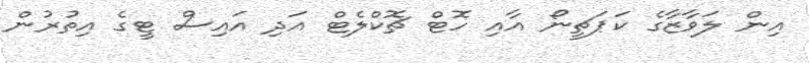
އިން ލަވާޒާގެ ކަޕަޗީނޯ އާއި ހޮޓް ޗޮކްލެޓް އަދި އައިސް ޓީގެ އިތުރުން